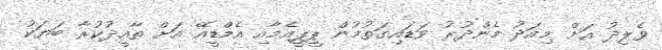
ވެލިދު އަށް މިއަދު މެންދުރު ވަޑައިގަތުމުން ޕީޕީއެމާއި އެމްޑީއޭ އަށް ތާއީދުކުރާ ބަޔަކު